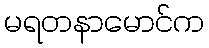
မရတနာမောင်က